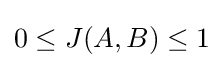
0\leq J(A,B)\leq 1